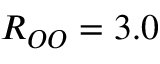
R _ { O O } = 3 . 0 \ \AA